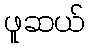
ဖူဆယ်